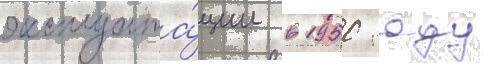
эксплуата́ции в 1950 году